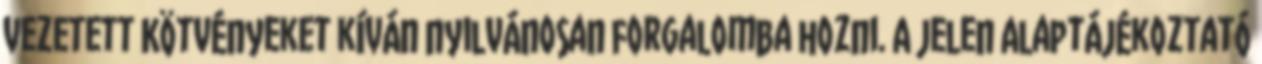
vezetett Kötvényeket kíván nyilvánosan forgalomba hozni. A jelen Alaptájékoztató